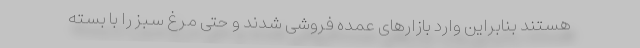
هستند بنابراین وارد بازارهای عمده فروشی شدند و حتی مرغ سبز را با بسته